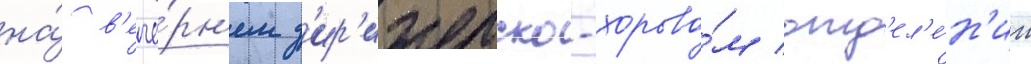
на́ в'ече́рн'ем д'ир'ижерско-хорово́м отд'ел'е́н'ии